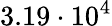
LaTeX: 3.19\cdot 10^{4}